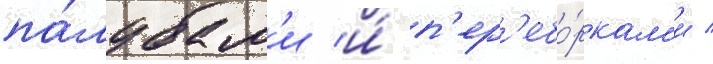
па́лубам'и и́ п'ер'ебо́ркам'и /